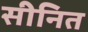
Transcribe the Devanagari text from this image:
सीनित